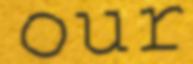
our